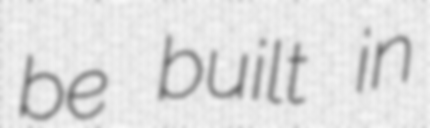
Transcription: be built in